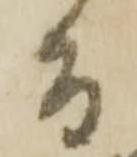
而